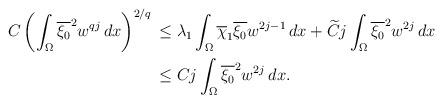
LaTeX: \begin{align*}C\left(\int_\Omega \overline{\xi_0}^2 w^{qj}\,dx\right)^{2/q}&\,\leq \lambda_1\int_\Omega \overline{\chi}_1 \overline{\xi_0} w^{2j-1}\,dx+ \widetilde{C}j\int_\Omega \overline{\xi_0}^2 w^{2j}\,dx\\&\, \leq Cj\int_\Omega \overline{\xi_0}^2 w^{2j}\,dx.\end{align*}